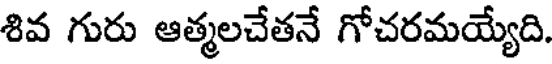
శివ గురు ఆత్మలచేతనే గోచరమయ్యేది.